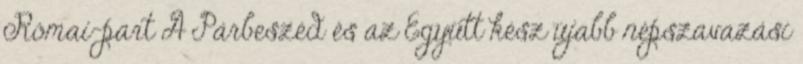
Római-part A Párbeszéd és az Együtt kész újabb népszavazási